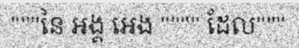
"""នៃ អង្គ អេង """" ដែល"""